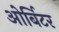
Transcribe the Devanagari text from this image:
ओर्बिटर